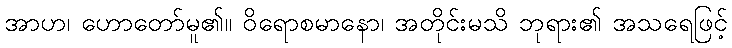
အာဟ၊ ဟောတော်မူ၏။ ဝိရောစမာနော၊ အတိုင်းမသိ ဘုရား၏ အသရေဖြင့်